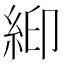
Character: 𬗉